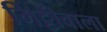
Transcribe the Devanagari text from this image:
मिट्टीवाला